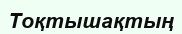
Тоқтышақтың